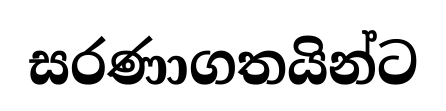
සරණාගතයින්ට